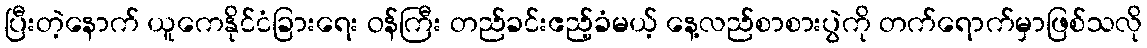
ပြီးတဲ့နောက် ယူကေနိုင်ငံခြားရေး ဝန်ကြီး တည်ခင်းဧည့်ခံမယ့် နေ့လည်စာစားပွဲကို တက်ရောက်မှာဖြစ်သလို